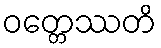
ဝတ္တေဿတိ